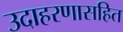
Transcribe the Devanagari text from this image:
उदाहरणासहित